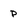
Character: P